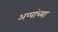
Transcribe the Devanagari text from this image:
अप्पांच्या